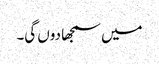
میں سمجھا دوں گی۔